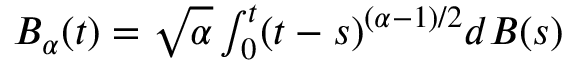
\begin{array} { r } { B _ { \alpha } ( t ) = \sqrt { \alpha } \int _ { 0 } ^ { t } ( t - s ) ^ { ( \alpha - 1 ) / 2 } d B ( s ) } \end{array}